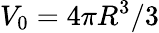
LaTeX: V_{0}=4\pi R^{3}/3